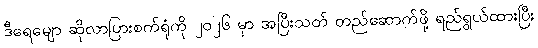
ဒီရေမျော ဆိုလာပြားစက်ရုံကို ၂၀၂၆ မှာ အပြီးသတ် တည်ဆောက်ဖို့ ရည်ရွယ်ထားပြီး